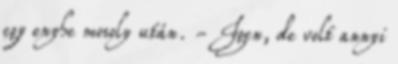
egy enyhe mosoly után. - Igen, de volt annyi